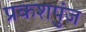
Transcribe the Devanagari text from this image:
प्रकशपुंज